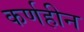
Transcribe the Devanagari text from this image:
कर्णहीन